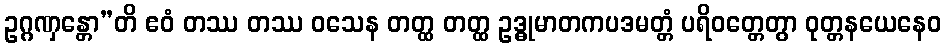
ဥဂ္ဂဏှန္တော”တိ ဧဝံ တဿ တဿ ဝသေန တတ္ထ တတ္ထ ဥဒ္ဓုမာတကပဒမတ္တံ ပရိဝတ္တေတွာ ဝုတ္တနယေနေဝ